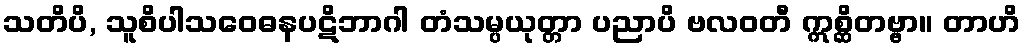
သတိပိ, သူစိပါသဝေဓနပဋိဘာဂါ တံသမ္ပယုတ္တာ ပညာပိ ဗလဝတီ ဣစ္ဆိတဗ္ဗာ။ တာဟိ